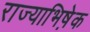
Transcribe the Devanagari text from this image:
राज्याभिषे़क